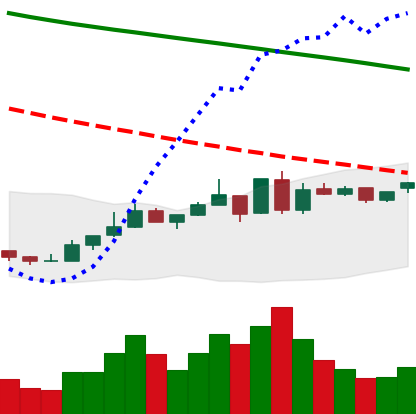
Ticker: ETC-USD
Chart end date: 2019-01-02
Forward return: -9.613%
Label: down_7plus